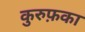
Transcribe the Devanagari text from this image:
कुरुफ़का